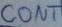
Text: CONT